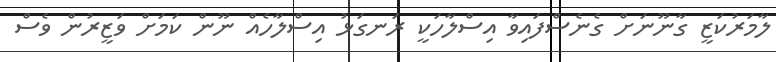
ލާމަރުކަޒީ ގާނޫނަށް ގެނެސްފައިވާ އިސްލާހަކީ ރަނގަޅު އިސްލާހެއް ނޫން ކަމަށް ވަޒީރުން ވެސް